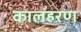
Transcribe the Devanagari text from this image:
कालहरण